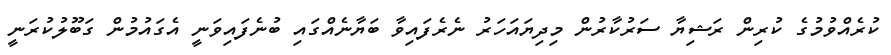
ކުރެއްވުމުގެ ކުރިން ރަޝިޔާ ސަރުކާރުން މިދިޔައަހަރު ނެރެފައިވާ ބަޔާނެއްގައި ބުނެފައިވަނީ އެގައުމުން ގަބޫލުކުރަނީ